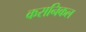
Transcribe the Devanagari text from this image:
करानिकल